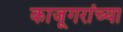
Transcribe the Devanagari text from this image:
काजूगरांच्या